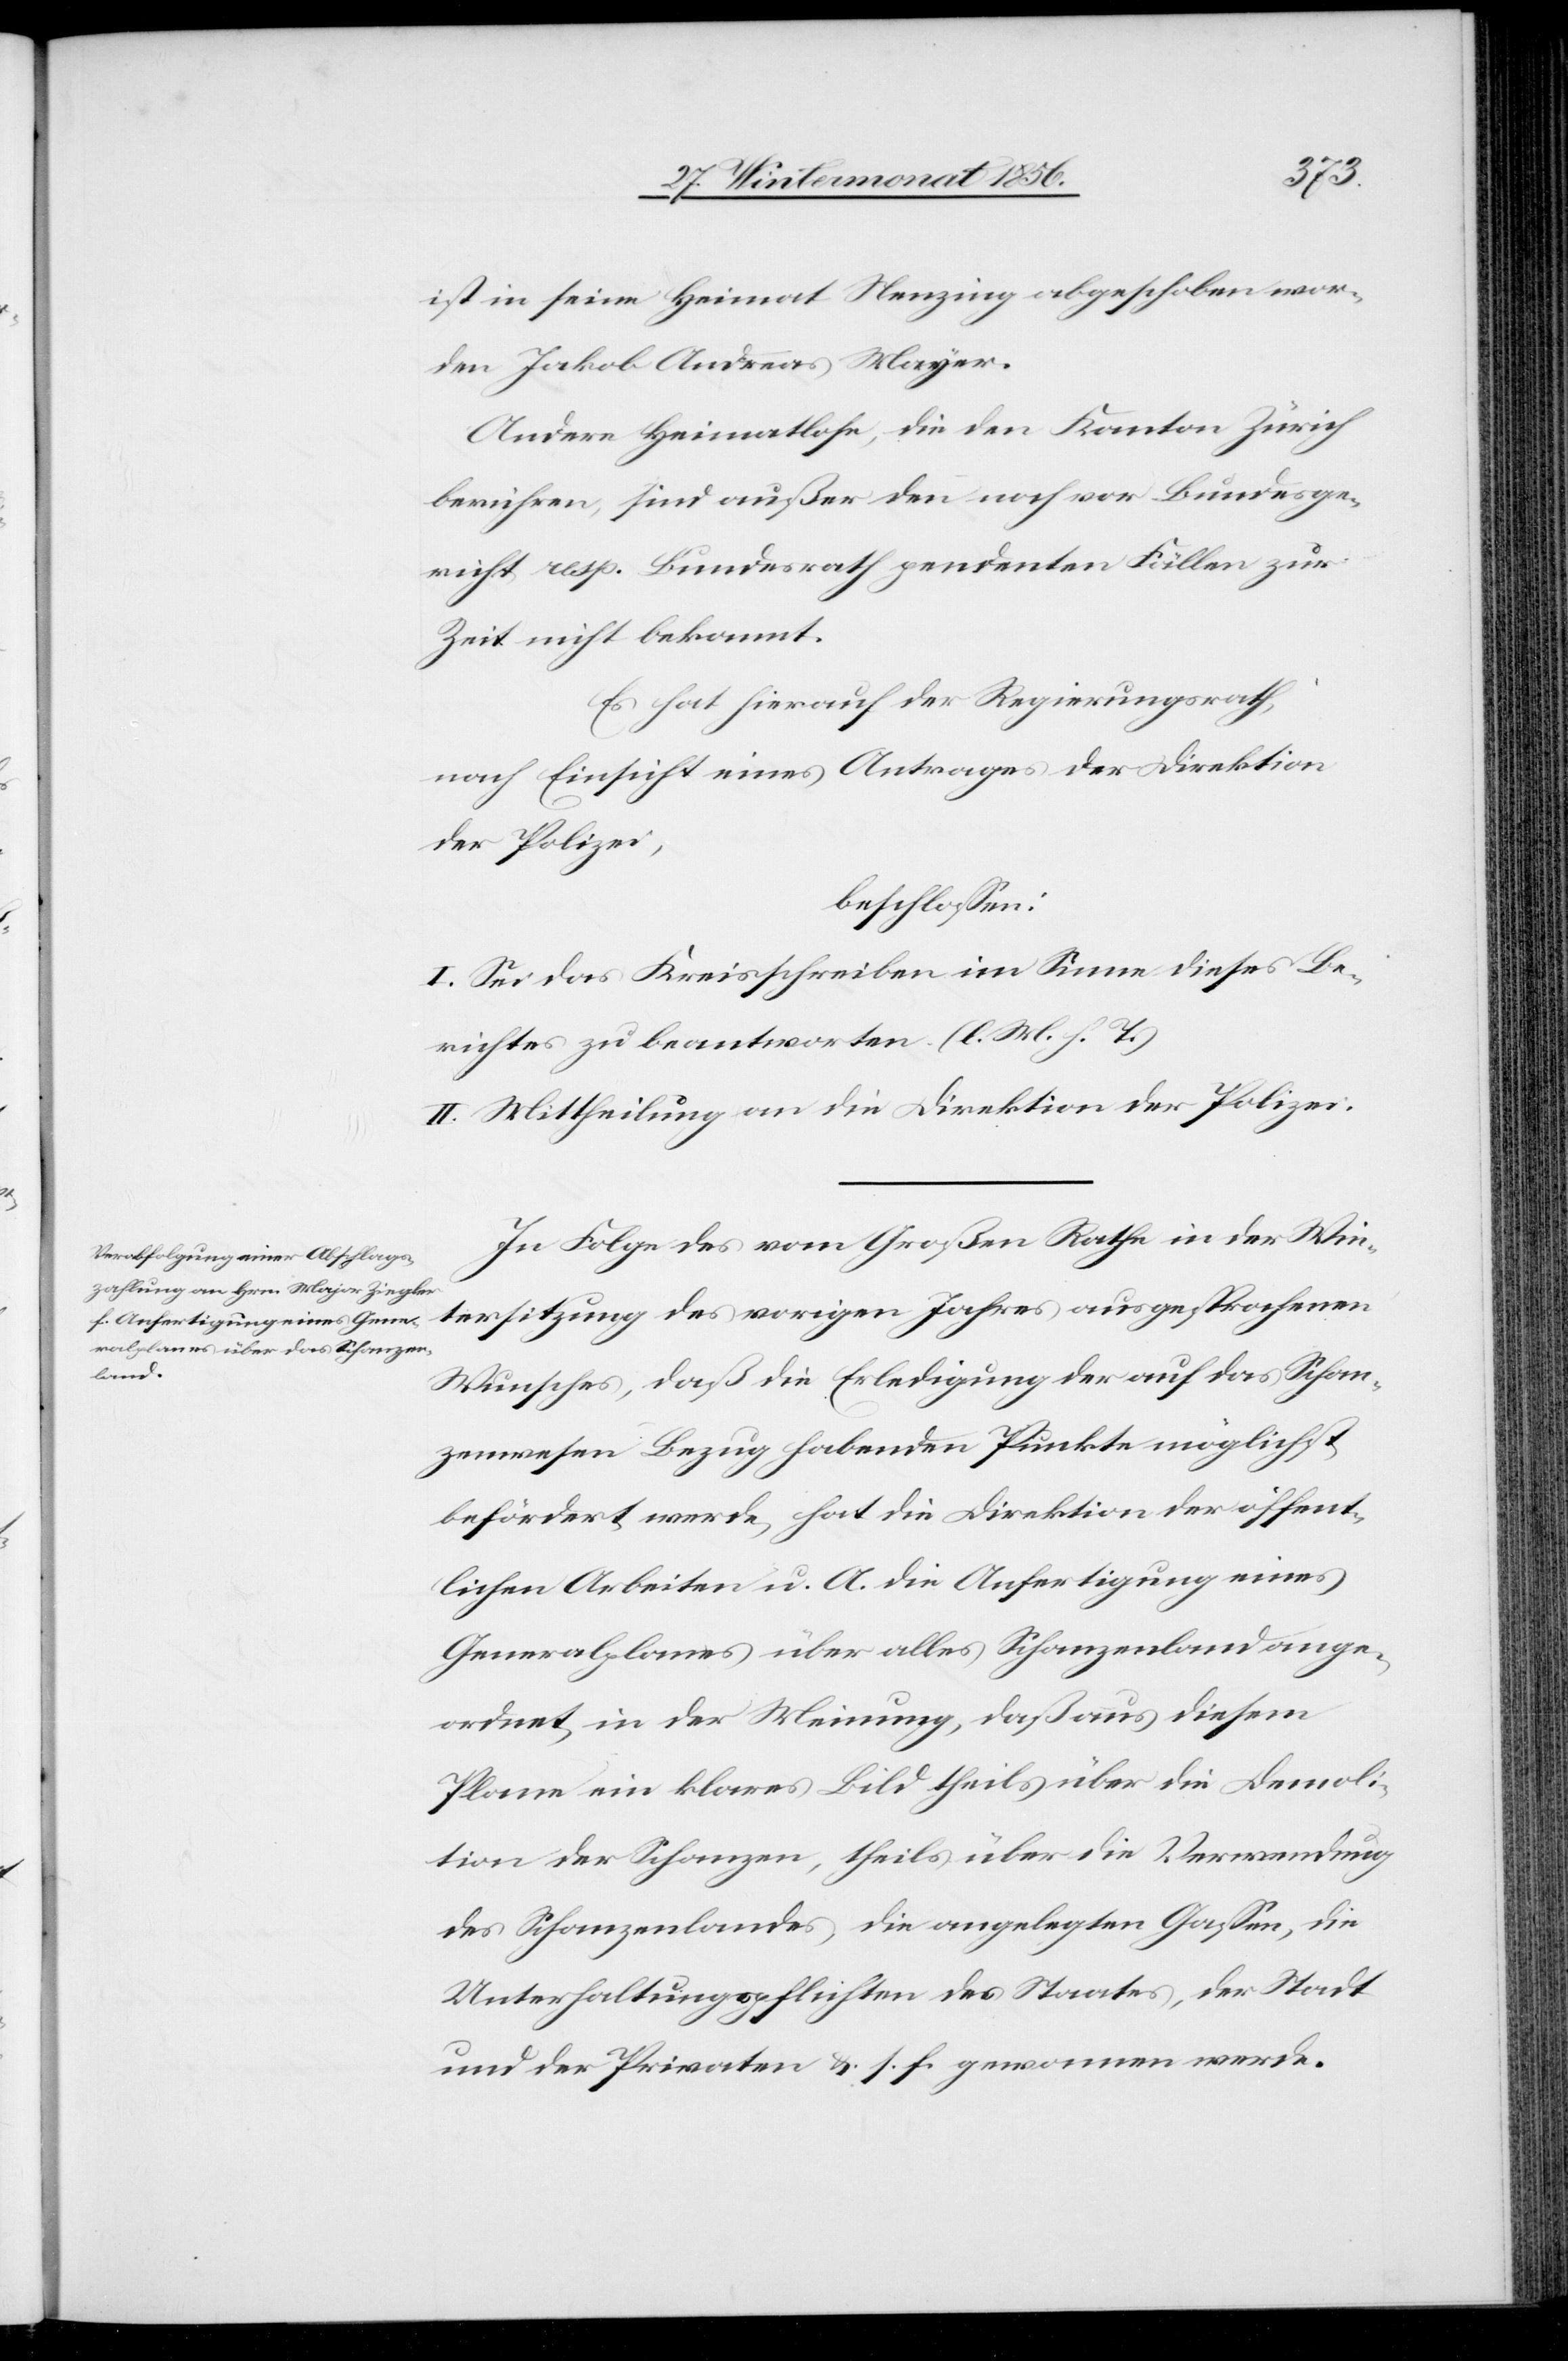
ist in seine Heimat Menzing abgeschoben wor¬
den Jakob Andreas Mayer.
Andere Heimatlose, die den Kanton Zürich
berühren, sind außer den noch vor Bundesge¬
richt resp. Bundesrath pendenten Fällen zur
Zeit nicht bekannt.
Es hat hierauf der Regierungsrath,
nach Einsicht eines Antrages der Direktion
der Polizei,
beschlossen:
I. Sei das Kreisschreiben im Sinne dieses Be¬
richtes zu beantworten. (l. M. h. T.)
II. Mittheilung an die Direktion der Polizei.
In Folge des vom Großen Rathe in der Win¬
tersitzung des vorigen Jahres ausgesprochenen
Wunsches, daß die Erledigung der auf das Schan¬
zenwesen Bezug habenden Punkte möglichst
befördert werde, hat die Direktion der öffent¬
lichen Arbeiten u. A. die Anfertigung eines
Generalplanes über alles Schanzenland ange¬
ordnet, in der Meinung, daß aus diesem
Plane ein klares Bild theils über die Demoli¬
tion der Schanzen, theils über die Verwendung
des Schanzenlandes, die angelegten Gassen, die
Unterhaltungspflichten des Staates, der Stadt
und der Privaten &. s. f. gewonnen werde.